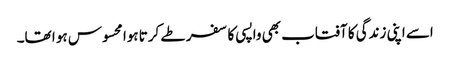
اسے اپنی زندگی کا آفتاب بھی واپسی کا سفر طے کرتا ہوا محسوس ہو ا تھا۔